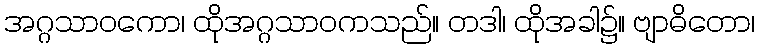
အဂ္ဂသာဝကော၊ ထိုအဂ္ဂသာဝကသည်။ တဒါ၊ ထိုအခါ၌။ ဗျာဓိတော၊